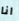
انا